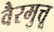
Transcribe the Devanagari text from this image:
वैरमुत्तू